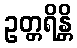
ဥတ္တရိန္တိ